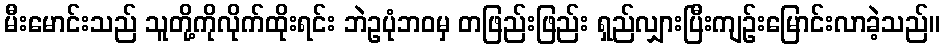
မီးမောင်းသည် သူတို့ကိုလိုက်ထိုးရင်း ဘဲဥပုံဘဝမှ တဖြည်းဖြည်း ရှည်လျှားပြီးကျဉ်းမြောင်းလာခဲ့သည်။